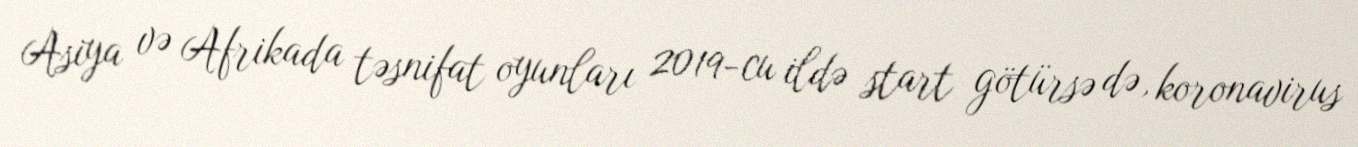
Asiya və Afrikada təsnifat oyunları 2019-cu ildə start götürsə də, koronavirus